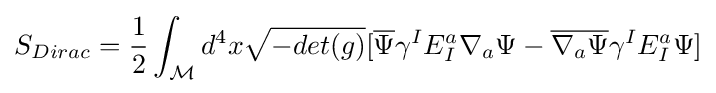
S_{Dirac}={1 \over 2}\int _{\mathcal {M}}d^{4}x{\sqrt {-det(g)}}[{\overline {\Psi }}\gamma ^{I}E_{I}^{a}\nabla _{a}\Psi -{\overline {\nabla _{a}\Psi }}\gamma ^{I}E_{I}^{a}\Psi ]